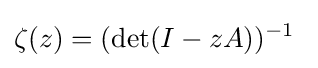
\zeta (z)=(\det(I-zA))^{-1}\